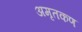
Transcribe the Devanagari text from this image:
अमृतकण